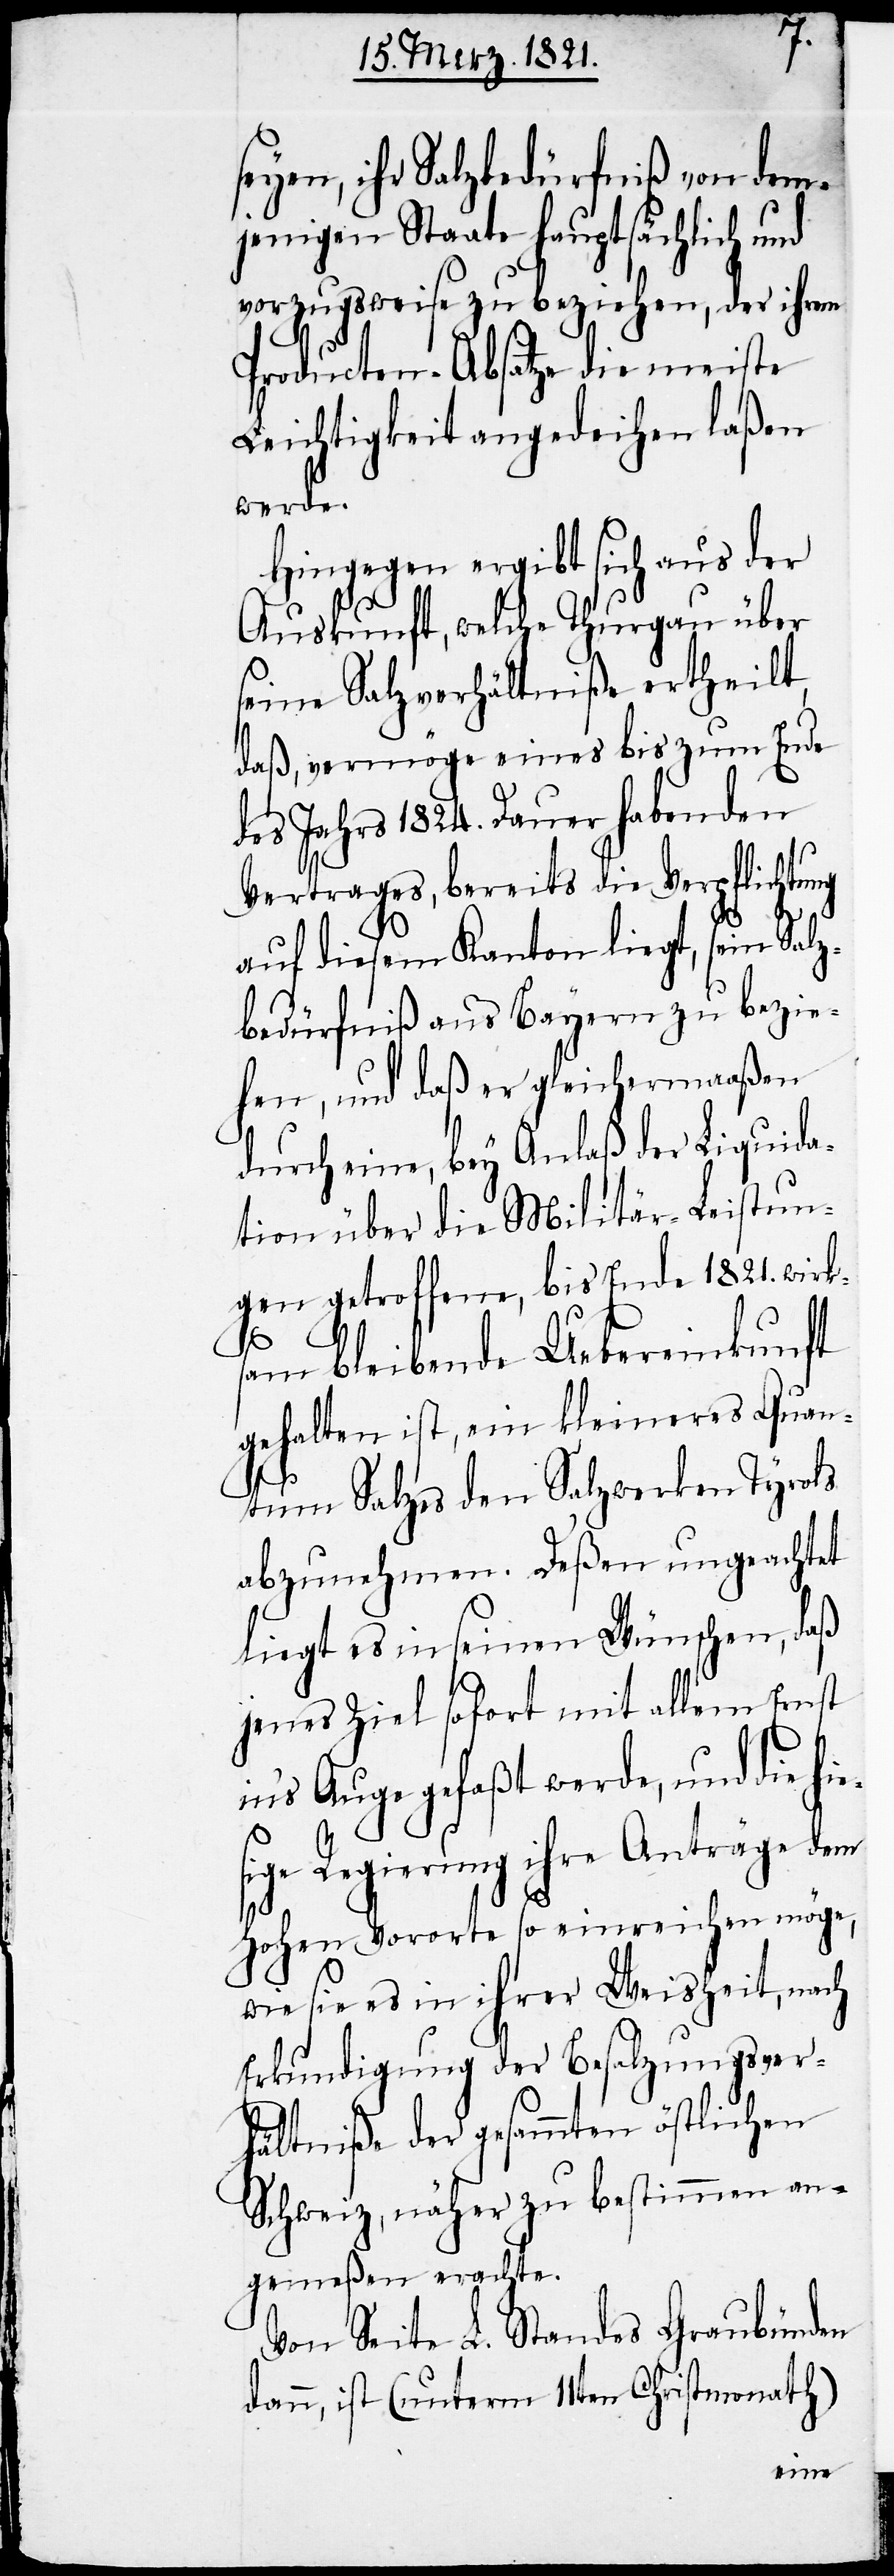
seyen, ihr Salzbedürfniß von dem¬
jenigen Staate hauptsächlich und
vorzugsweise zu beziehen, der ihrem
Producten-Absatz die meiste
Leichtigkeit angedeihen laßen
werde.
Hingegen ergibt sich aus der
Auskunft, welche Thurgau über
seine Salzverhältniße ertheilt,
daß, vermöge eines bis zum Ende
des Jahres 1824. Dauer habenden
Vertrages, bereits die Verpflichtung
auf diesem Kanton liegt, sein Salz¬
bedürfniß aus Bayern zu bezie¬
hen, und daß er gleichermaaßen
durch eine, bey Anlaß der Liquida¬
tion über die Militär-Leistun¬
gen getroffene, bis Ende 1821. wirk¬
s¬
sam bleibende Uebereinkunft
gehalten ist, ein kleineres Quan¬
tum Salz den Salzwerken Tyrols
abzunehmen. Deßen ungeachtet
liegt es in seinen Wünschen, daß
jenes Ziel sofort mit allem Ernst
in‘s Auge gefaßt werde, und die hie¬
ige Regierung ihre Anträge dem
hohen Vororte so einreichen möge,
wie sie es in ihrer Weisheit, nach
Erkundigung der Besalzungsver¬
hältniße der gesammten östlichen
Schweiz, näher zu bestimmen an¬
gemeßen erachte.
Von Seite L. Standes Graubünden
dann, ist (unterm 11ten Christmonath)